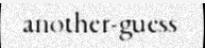
another-guess